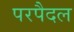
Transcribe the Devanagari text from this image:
परपैदल